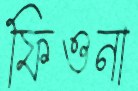
ফিওনা